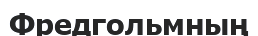
Фредгольмның